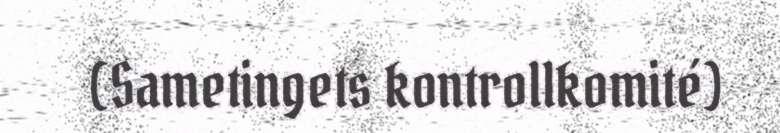
(Sametingets kontrollkomité)